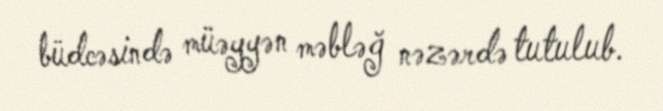
büdcəsində müəyyən məbləğ nəzərdə tutulub.